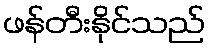
ဖန်တီးနိုင်သည်